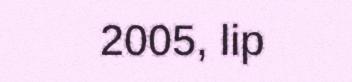
2005, lip